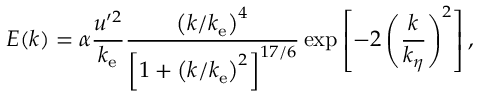
E ( k ) = \alpha \frac { u ^ { \prime 2 } } { k _ { \mathrm { e } } } \frac { \left( k / k _ { \mathrm { e } } \right) ^ { 4 } } { \left[ 1 + \left( k / k _ { \mathrm { e } } \right) ^ { 2 } \right] ^ { 1 7 / 6 } } \exp \left[ - 2 \left( \frac { k } { k _ { \eta } } \right) ^ { 2 } \right] ,